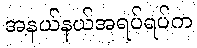
အနယ်နယ်အရပ်ရပ်က